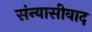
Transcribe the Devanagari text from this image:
संन्यासीवाद